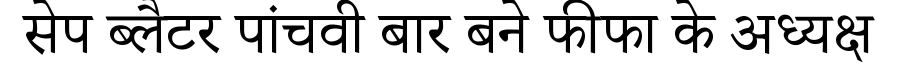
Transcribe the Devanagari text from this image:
सेप ब्लैटर पांचवी बार बने फीफा के अध्यक्ष